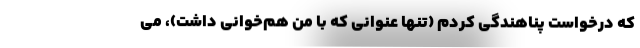
که درخواست پناهندگی کردم (تنها عنوانی که با من هم‌خوانی داشت)، می